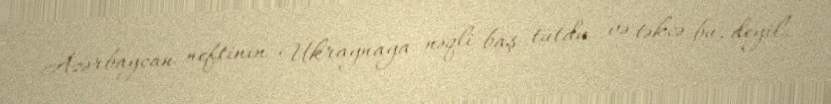
Azərbaycan neftinin Ukraynaya nəqli baş tutdu və təkcə bu, deyil.